Civil Veterinary Department. Madras. Admin. report 1926-33 - 1926-1933
Year: 1926
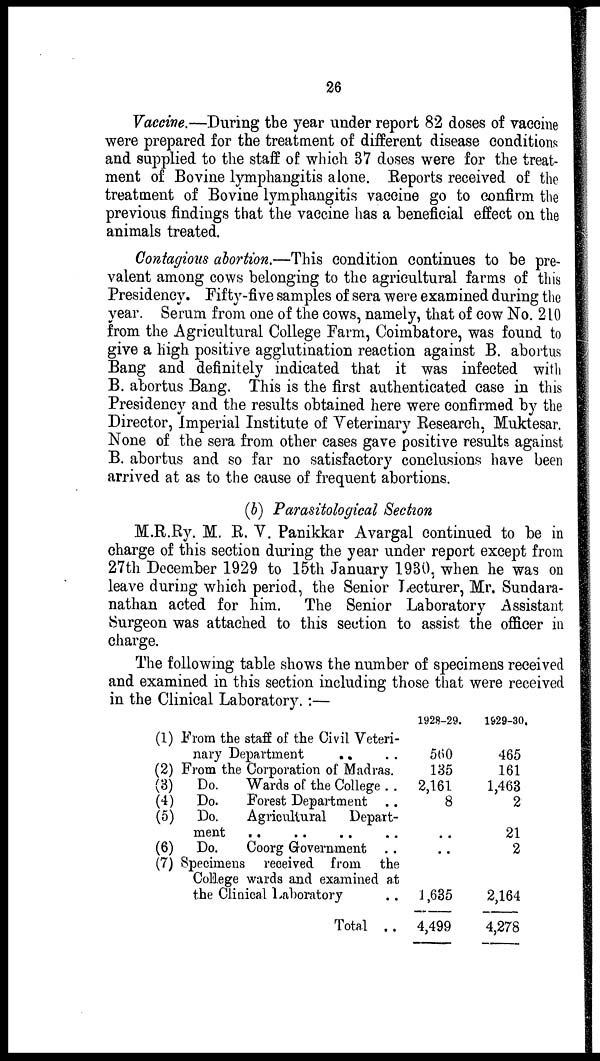
26
Vaccine.—During the year under report 82 doses of vaccine
were prepared for the treatment of different disease conditions
and supplied to the staff of which 37 doses were for the treat-
ment of Bovine lymphangitis alone. Reports received of the
treatment of Bovine lymphangitis vaccine go to confirm the
previous findings that the vaccine has a beneficial effect on the
animals treated.
Contagious abortion.—This condition continues to be pre-
valent among cows belonging to the agricultural farms of this
Presidency. Fifty-five samples of sera were examined during the
year. Serum from one of the cows, namely, that of cow No. 210
from the Agricultural College Farm, Coimbatore, was found to
give a high positive agglutination reaction against B. abortus
Bang and definitely indicated that it was infected with
B. abortus Bang. This is the first authenticated case in this
Presidency and the results obtained here were confirmed by the
Director, Imperial Institute of Veterinary Research, Muktesar.
None of the sera from other cases gave positive results against
B. abortus and so far no satisfactory conclusions have been
arrived at as to the cause of frequent abortions.
(b) Parasitological Section
M.R.Ry. M. R. V. Panikkar Avargal continued to be in
charge of this section during the year under report except from
27th December 1929 to 15th January 1930, when he was on
leave during which period, the Senior Lecturer, Mr. Sundara-
nathan acted for him. The Senior Laboratory Assistant
Surgeon was attached to this section to assist the officer in
charge.
The following table shows the number of specimens received
and examined in this section including those that were received
in the Clinical Laboratory.:—
(1) From the staff of the Civil Veteri-
nary Department
..
(2) From the Corporation of Madras.
(3)
Do.
Wards of the College . .
(4) Do.
Forest Department
(5) Do.
Agricultural
Depart-
ment .. .. .. ..
(6) Do.
Coorg Government . .
(7) Specimens received from the
College wards and examined at
the Clinical Laboratory ..
Total ..
1928-29.
560
135
2,161
8
..
..
1 ,635
4,499
1929-30.
465
161
1,463
2
21
2
2,164
4,278